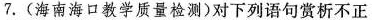
7.(海南海口教学质量检测)对下列语句赏析不